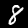
Digit: 8